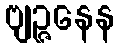
ဗျဉ္ဇနေန